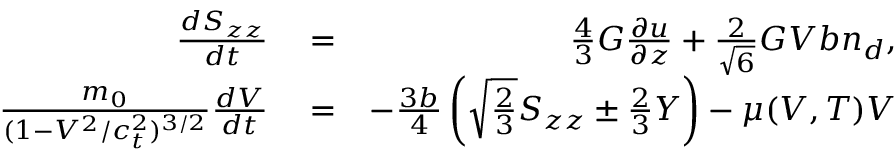
\begin{array} { r l r } { \frac { d S _ { z z } } { d t } } & { { } = } & { \frac { 4 } { 3 } G \frac { \partial u } { \partial z } + \frac { 2 } { \sqrt { 6 } } G V b n _ { d } , } \\ { \frac { m _ { 0 } } { ( 1 - V ^ { 2 } / c _ { t } ^ { 2 } ) ^ { 3 / 2 } } \frac { d V } { d t } } & { { } = } & { - \frac { 3 b } { 4 } \left( \sqrt { \frac { 2 } { 3 } } S _ { z z } \pm \frac { 2 } { 3 } Y \right) - \mu ( V , T ) V } \end{array}